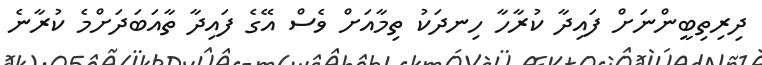
ދިރިތިބީންނަށް ފައިދާ ކުރާހާ ހިނދަކު ތިމާއަށް ވެސް އޭގެ ފައިދާ ތާއަބަދަށްމެ ކުރާނެ